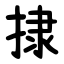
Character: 捸